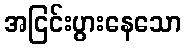
အငြင်းပွားနေသော